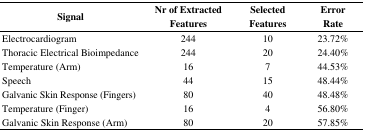
<table><thead><tr><td><b>Signal</b></td><td><b>Nr of Extracted Features</b></td><td><b>Selected Features</b></td><td><b>Error Rate</b></td></tr></thead><tbody><tr><td>Electrocardiogram</td><td>244</td><td>10</td><td>23.72%</td></tr><tr><td>Thoracic Electrical Bioimpedance</td><td>244</td><td>20</td><td>24.40%</td></tr><tr><td>Temperature (Arm)</td><td>16</td><td>7</td><td>44.53%</td></tr><tr><td>Speech</td><td>44</td><td>15</td><td>48.44%</td></tr><tr><td>Galvanic Skin Response (Fingers)</td><td>80</td><td>40</td><td>48.48%</td></tr><tr><td>Temperature (Finger)</td><td>16</td><td>4</td><td>56.80%</td></tr><tr><td>Galvanic Skin Response (Arm)</td><td>80</td><td>20</td><td>57.85%</td></tr></tbody></table>